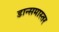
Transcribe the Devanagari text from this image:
डान्समास्तर